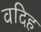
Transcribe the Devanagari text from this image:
वदिह